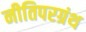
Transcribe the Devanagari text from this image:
नीतिपरग्रंथ